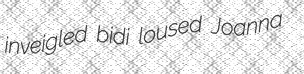
inveigled bidi loused Joanna